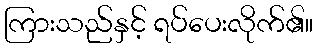
ကြားသည်နှင့် ရပ်ပေးလိုက်၏။